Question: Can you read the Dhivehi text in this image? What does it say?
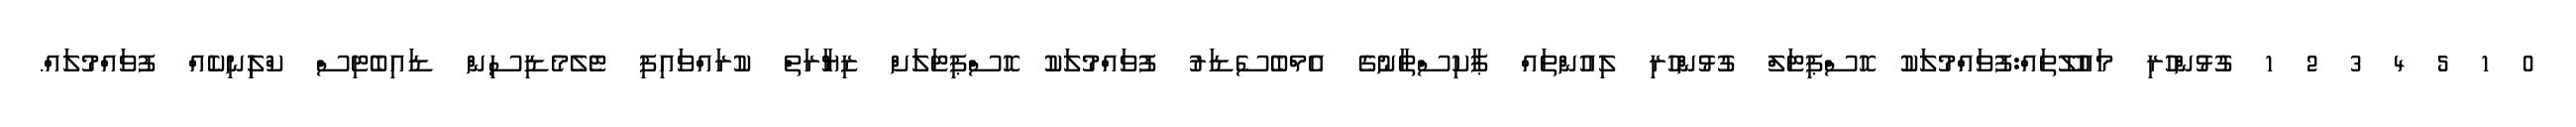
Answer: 0 1 5 4 3 2 1 ގުޅުންހުރި މައުލޫތައް:ފުވައްމުލަކު ހޮސްޕިޓަލް ގުޅުންހުރި ލިއުންތައް ޕާކިސްތާނުގެ އެމްބެސެޑަރު ފުވައްމުލަކު ހޮސްޕިޓަލަށް ޒިޔާރަތް ކުރައްވައިފި ޓެލެމެޑިސިން ޑައިބެޓިސް ކްލިިނިކެއް ފުވައްމުލައް.